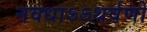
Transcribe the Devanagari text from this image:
नवधाऽऽथर्वणो